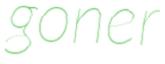
goner